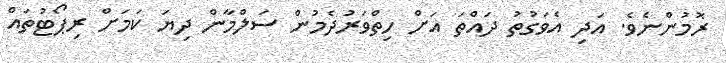
ރޮމުންނެވެ. އަދި އެވަގުތު ދައްތަ އަށް ހިތްވަރުދެމުން ސަލްމާން ދިޔަ ކަމަށް ރިޕޯޓުތައް